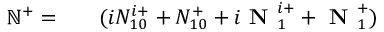
\begin{array} { r l r } { \mathbb { N } ^ { + } = } & { { } } & { ( i N _ { 1 0 } ^ { i + } + N _ { 1 0 } ^ { + } + i \textbf { N } _ { 1 } ^ { i + } + \textbf { N } _ { 1 } ^ { + } ) } \end{array}